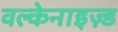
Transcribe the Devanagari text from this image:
वल्केनाइज़्ड